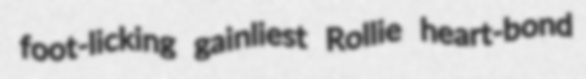
foot-licking gainliest Rollie heart-bond